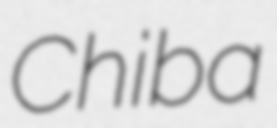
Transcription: Chiba